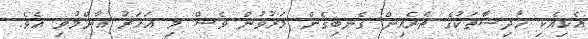
އެކިއެކި ހާދިސާތަކުގެ ތެރެއިން ގެނބިގެން މަރުވުން ވެސް މި އަހަރު އާންމުވި އެވެ.